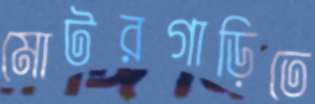
মোটরগাড়িতে